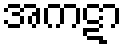
အကဋာ